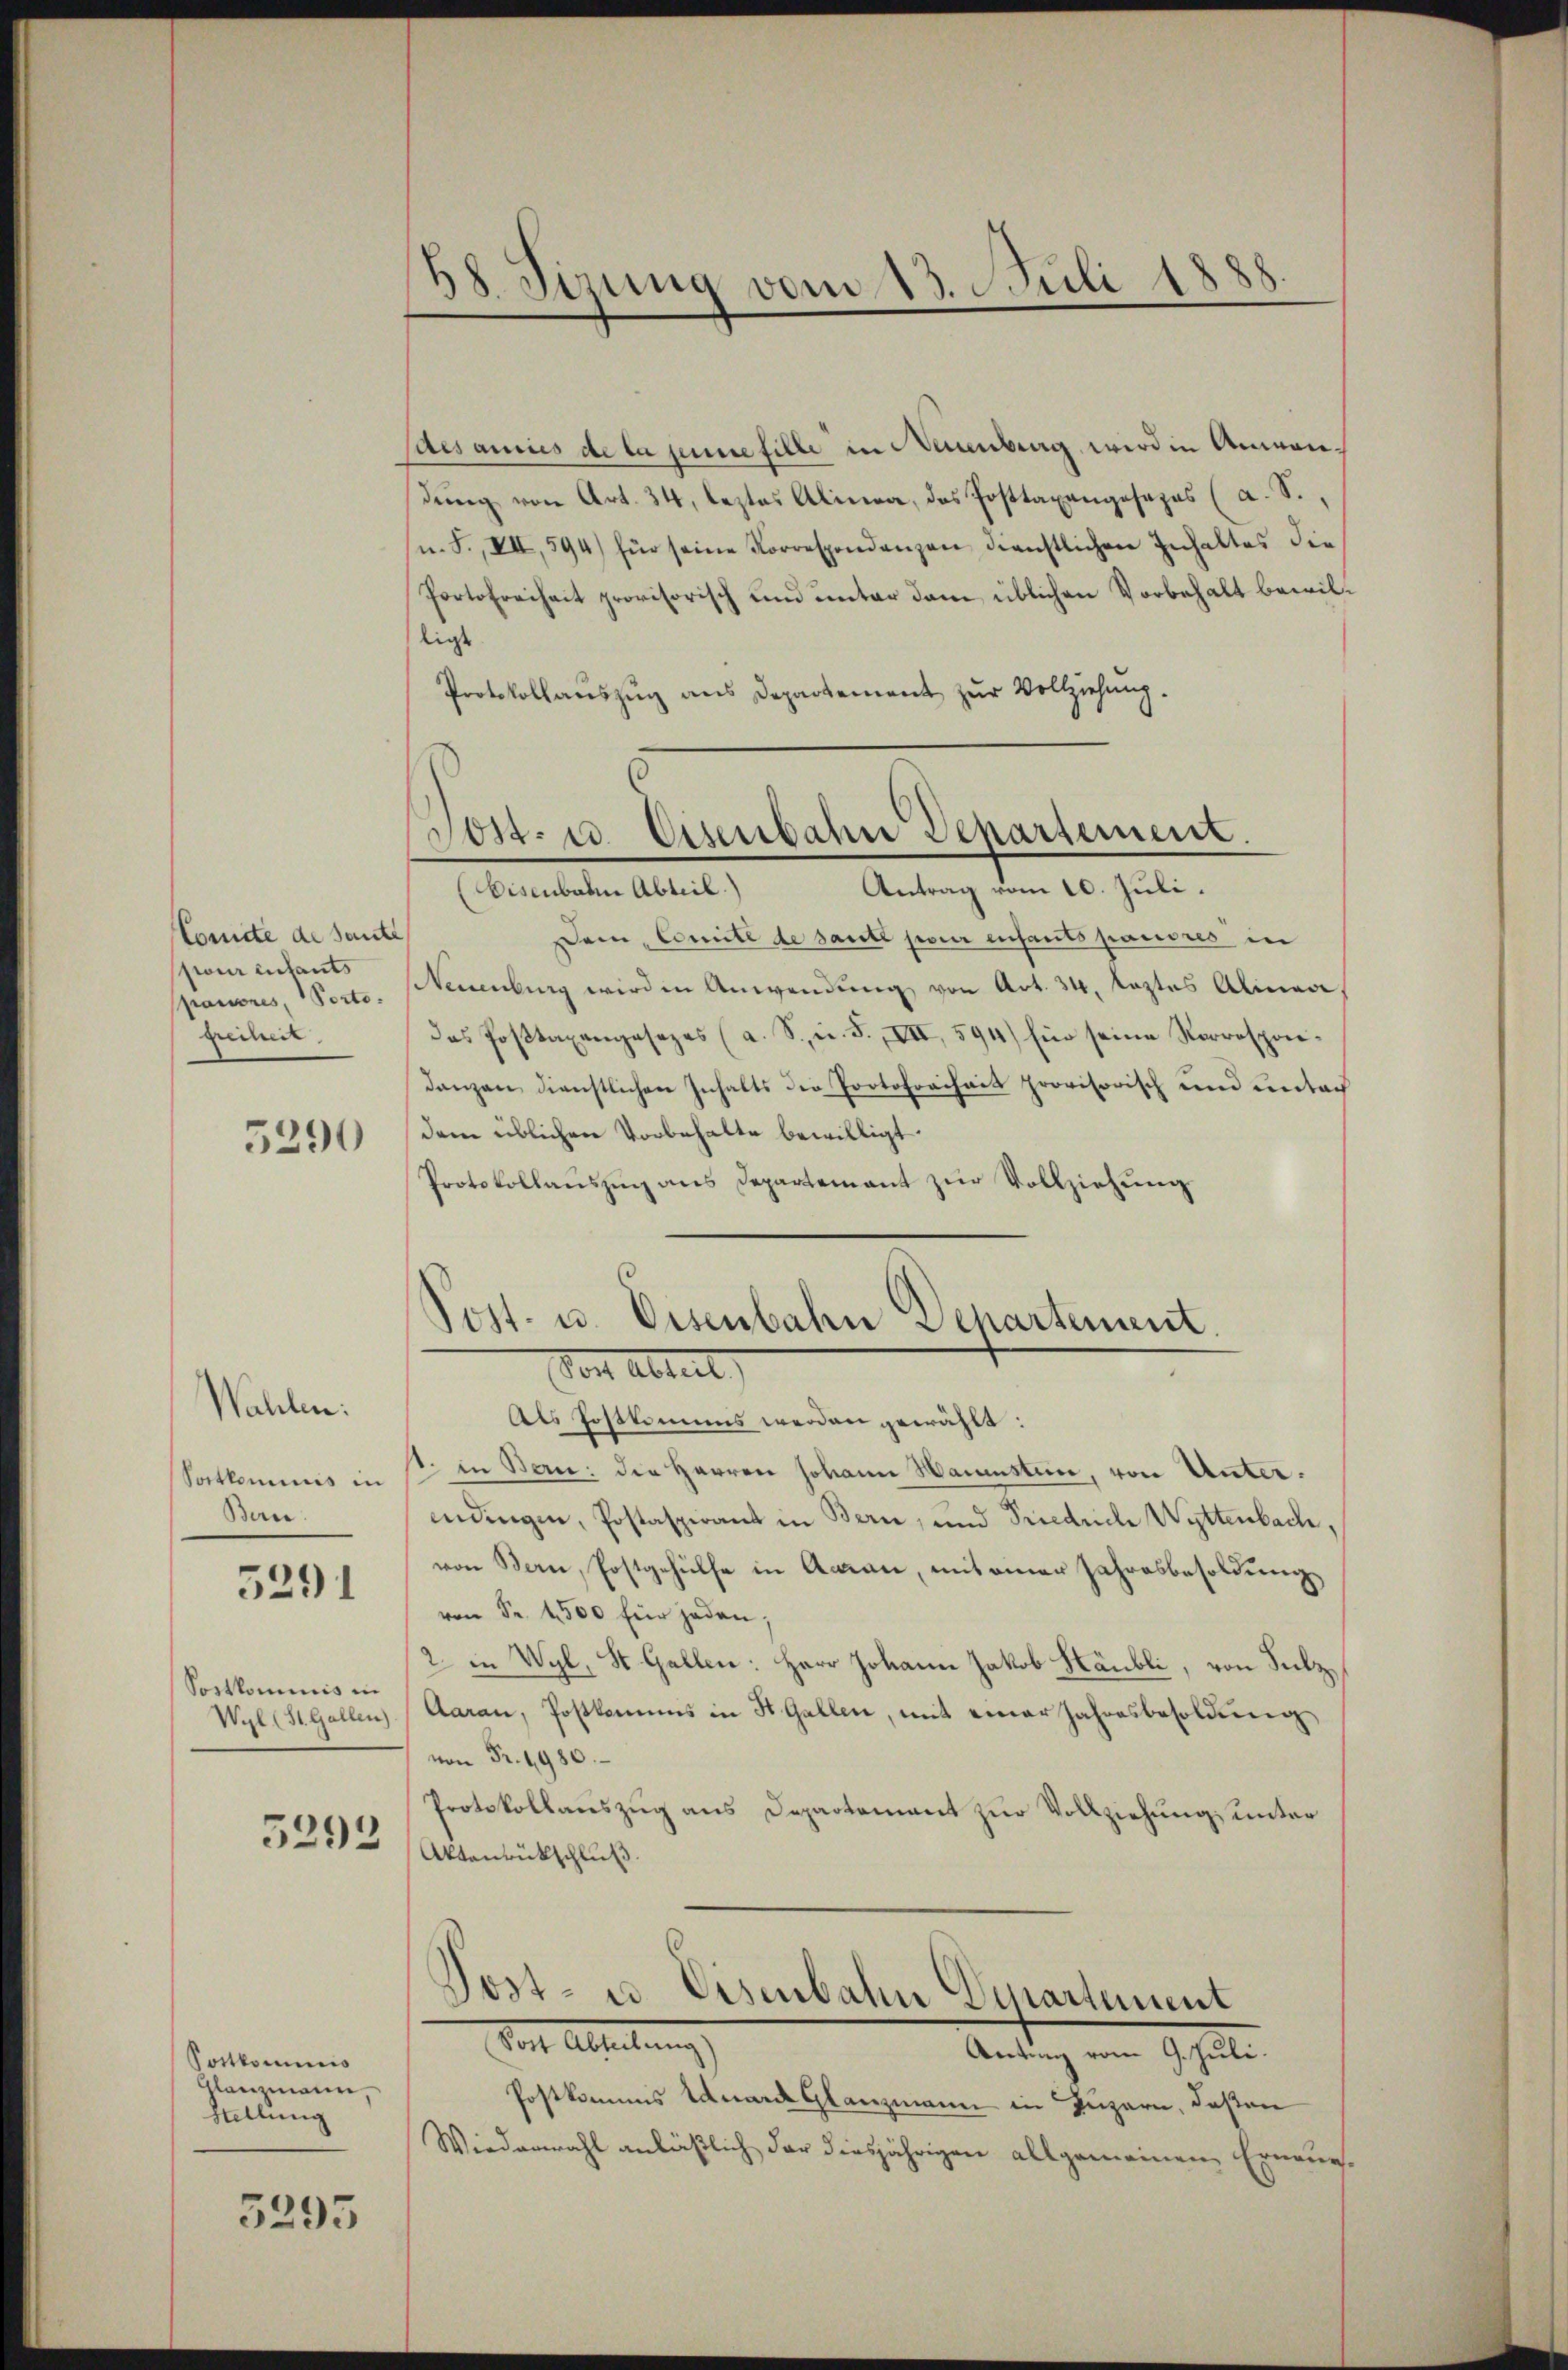
Comite de sante
pour citants
panores, Portofreiheit

5290

Wahlen:
Portkominis in
Bern:

5291

Sortkommnis in
Wyl (St. Gallen)

5293

Pottkommis
Glanzmann
Stellung

3295

sites annes de la jene fille in Neuenburg, wird in Anwendŭng von Art. 34, leztes Alinea, das Posttaxangesezes (a. S.
n. F. VII, 594) für seine Korrespondenzen dienstlichen Inhaltes die
Portofreiheit provisorisch und unter dem üblichen Vorbehalt bewilligt
Protokollauszug aus Departement zur Vollziehung.

58. Sizung vom 13. Juli 1888.

Post- u. Eisenbahn Departement.

Antrag vom 10. Juli.
Eisenbale Abteil)
Dem Comité de saite pour enfants pauvres in
Neuenburg wird in Anwendung von Art. 34, leztes Alinea,
das Posttaxangesezes (a. S. u. S., VII, 594) für seine Vorrespondanzen dienstlichen Inhalts die Protofrechait provisorisch und unter
dem üblichen Vorbehalte bewilligt.
Protokollaŭszŭg ans Departement zŭr Vollziehŭng
.

Post- u. Eisenbahn Departement.
Von Altert,

Als Postkomens werden gewählt:
1. in Bern: die Herren Johann Haunsteine, von Unterindingen, Postaspirant in Bern, und Priedriche Wettenbach,
von Bern, Postgehülfe in Aman, mit einer Jahresbesoldung
von Fr. 4500 für jeden;
2. in Wyl, St. Gallen: Herr Johann Jakob Häubli, von Sulz¬
Aarau, Postkammes in St. Gallen, mit einer Jahresbesoldung
 Fr. 1980.
Protokollauszug aus Departement zur Vollziehung, unter
Aktenrückschluß.

Post- u. Eisenbahn Dipartement
Torte Abteilung
Antrag vom 9. Juli.

Postkammes Eduard Glanzmann in Luzern, deßen
Wiederwahl anläßlich der diesjährigen allgemeinen Erneue¬